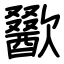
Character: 歠